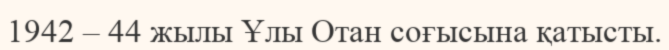
1942 – 44 жылы Ұлы Отан соғысына қатысты.